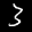
Label: 3